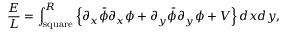
\frac { E } { L } = \int _ { \mathrm { { s q u a r e } } } ^ { R } \left\{ \partial _ { x } \bar { \phi } \partial _ { x } \phi + \partial _ { y } \bar { \phi } \partial _ { y } \phi + V \right\} d x d y ,